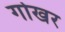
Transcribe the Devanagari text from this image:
गोखर